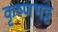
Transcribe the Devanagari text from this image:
कृष्णभट्ट